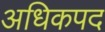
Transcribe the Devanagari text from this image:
अधिकपद